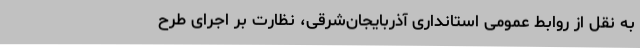
به نقل از روابط عمومی استانداری آذربایجان‌شرقی، نظارت بر اجرای طرح